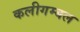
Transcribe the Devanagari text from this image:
कलीगम्बल